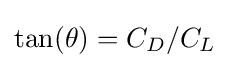
\tan(\theta )=C_{D}/C_{L}